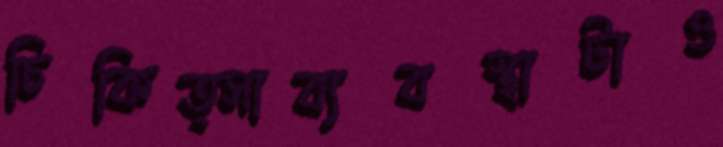
চিকিত্সাব্যবস্থাটাও